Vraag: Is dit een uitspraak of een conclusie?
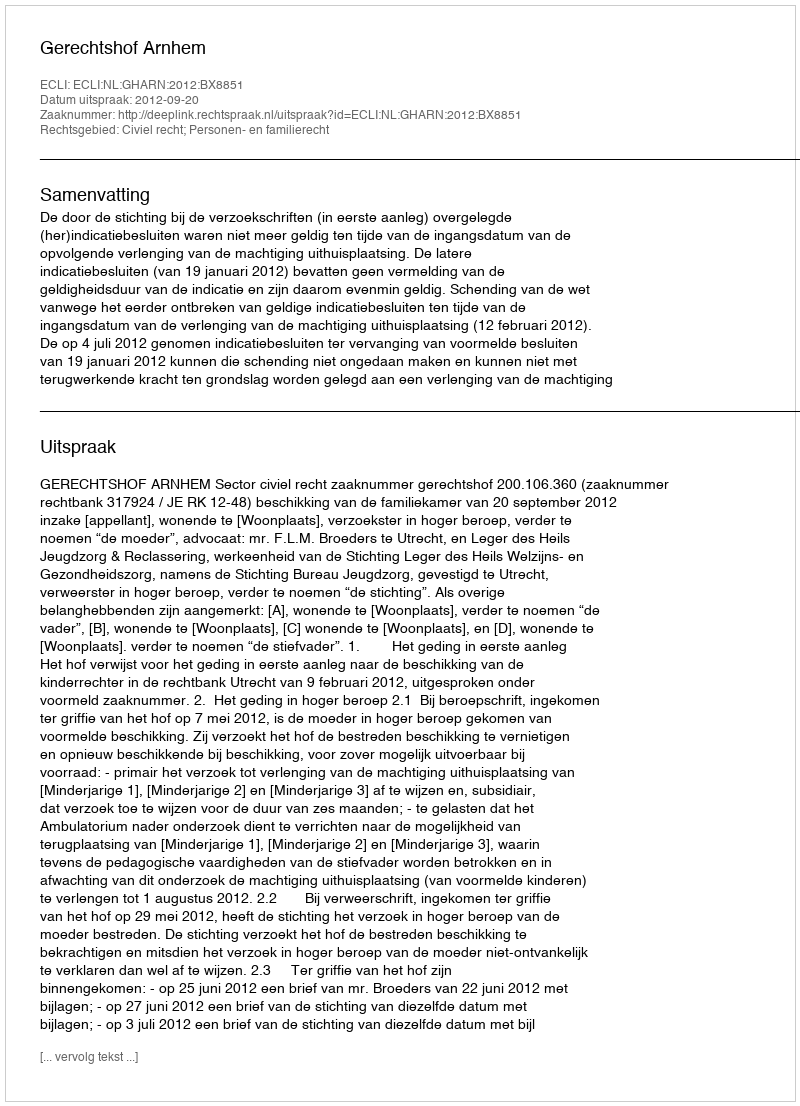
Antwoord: Uitspraak